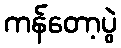
ကန်တော့ပွဲ